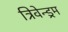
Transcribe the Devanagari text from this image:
त्रिवेन्ड्रम